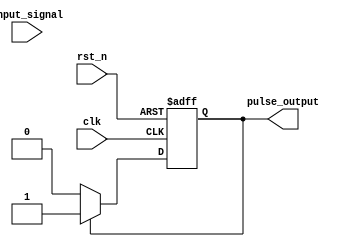
module pulse_edge_detector (
    input wire clk,              // Clock input
    input wire rst_n,            // Active low reset
    input wire input_signal,      // Input signal to detect edges
    output reg pulse_output       // Pulse output
);

// Register to store the previous state of the input signal
reg previous_state;

// Pulse width parameter (in clock cycles)
parameter PULSE_WIDTH = 1;

always @(posedge clk or negedge rst_n) begin
    if (!rst_n) begin
        previous_state <= 0;    // Reset previous state
        pulse_output <= 0;       // Reset pulse output
    end else begin
        // Check for rising edge
        if (input_signal == 1 && previous_state == 0) begin
            pulse_output <= 1;    // Generate pulse for rising edge
        end 
        // Check for falling edge
        else if (input_signal == 0 && previous_state == 1) begin
            pulse_output <= 1;    // Generate pulse for falling edge
        end 
        // If pulse output is active, keep it active for PULSE_WIDTH clock cycles
        if (pulse_output) begin
            pulse_output <= 1;    // Keep the pulse high
        end else begin
            pulse_output <= 0;    // Set pulse low
        end
        
        // Store the current state to previous_state for the next cycle
        previous_state <= input_signal;
    end
end

endmodule